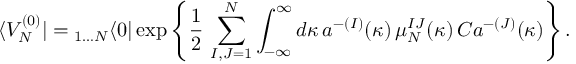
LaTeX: \langle V _ { N } ^ { ( 0 ) } | = { } _ { 1 \dots N } \langle 0 | \exp \left\{ \frac { 1 } { 2 } \, \sum _ { I , J = 1 } ^ { N } \int _ { - \infty } ^ { \infty } d \kappa \, a ^ { - ( I ) } ( \kappa ) \, \mu _ { N } ^ { I J } ( \kappa ) \, C a ^ { - ( J ) } ( \kappa ) \right\} .